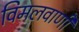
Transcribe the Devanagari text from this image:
विमलवाणी